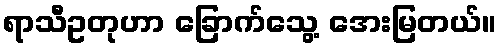
ရာသီဥတုဟာ ခြောက်သွေ့ အေးမြတယ်။